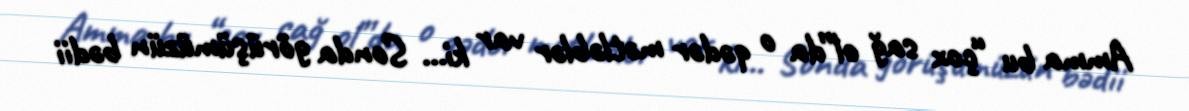
Amma bu “çox sağ ol”da o qədər mətləblər var ki... Sonda görüşümüzün bədii